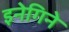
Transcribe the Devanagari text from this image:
इनेगिने